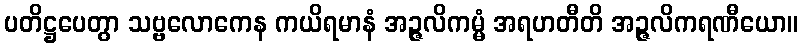
ပတိဋ္ဌပေတွာ သဗ္ဗလောကေန ကယိရမာနံ အဉ္ဇလိကမ္မံ အရဟတီတိ အဉ္ဇလိကရဏီယော။